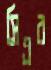
সিএর